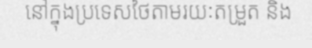
នៅក្នុងប្រទេសថៃតាមរយៈតម្រួត និង